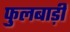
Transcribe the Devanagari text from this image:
फुलबाड़ी